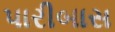
પારીબાસ